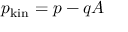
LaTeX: p _ { \mathrm { k i n } } = p - q A \,